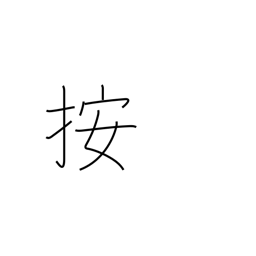
Meaning: hold